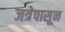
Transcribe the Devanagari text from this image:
जत्रेपासून